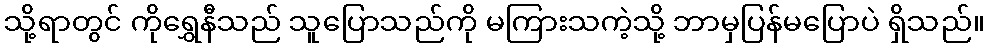
သို့ရာတွင် ကိုရွှေနီသည် သူပြောသည်ကို မကြားသကဲ့သို့ ဘာမှပြန်မပြောပဲ ရှိသည်။